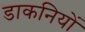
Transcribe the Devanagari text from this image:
डाकनियों